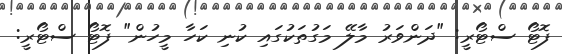
ފޮޓޯ ސްޓޯރީ: "ދަންވަރު މާލޭ މަގުތަކުގައި ކުނި ކަހާ މީހުން" ފޮޓޯ ސްޓޯރީ: